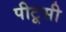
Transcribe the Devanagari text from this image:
पीटूसी